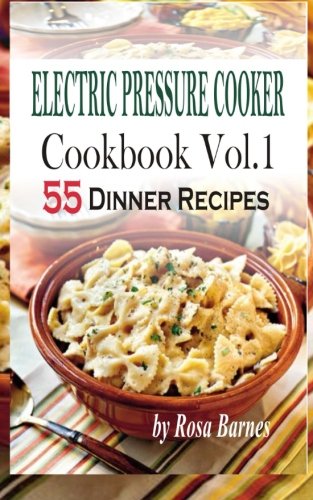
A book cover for Electric Pressure Cooker Cookbook: Vol.1 55 Electric Pressure Cooker Dinner Recipes; Rosa Barnes; Cookbooks, Food & Wine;